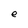
Character: e